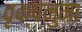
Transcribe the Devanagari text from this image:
वृक्षनुमा